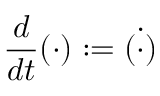
\frac { d } { d t } ( \cdot ) : = \dot { ( \cdot ) }